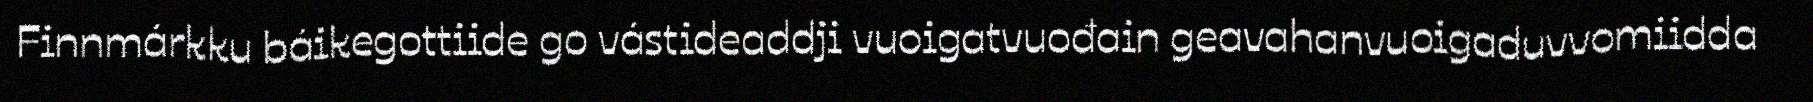
Finnmárkku báikegottiide go vástideaddji vuoigatvuođain geavahanvuoigaduvvomiidda